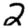
Digit: 2